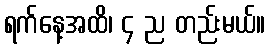
ရက်နေ့အထိ၊ ၄ ည တည်းမယ်။